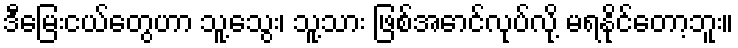
ဒီမြေးငယ်တွေဟာ သူ့သွေး၊ သူ့သား ဖြစ်အောင်လုပ်လို့ မရနိုင်တော့ဘူး။